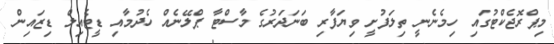
މިޕްރޮޖެކްޓުގައި ހިމެނެނީ ތިލަފުށީ ވިޔަފާރި ބަނަދަރުގެ މާސްޓާ ޕްލޭނެއް ހެދުމާއި ޑީޓެއިލް ޑިޒައިން